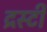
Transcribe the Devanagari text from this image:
द्रस्टी